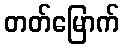
တတ်မြောက်